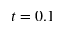
t = 0 . 1